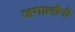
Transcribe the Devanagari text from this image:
जगालोनी